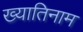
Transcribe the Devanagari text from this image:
ख्यातिनाम